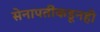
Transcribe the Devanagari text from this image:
सेनापतींकडूनही